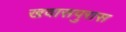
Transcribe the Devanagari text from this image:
खवासपुरास